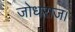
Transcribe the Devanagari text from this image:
जोधराज।